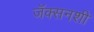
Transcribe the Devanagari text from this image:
जॅक्सनशी